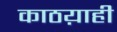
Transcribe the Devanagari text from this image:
काठय़ाही